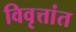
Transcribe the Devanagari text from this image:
विवृत्तांत